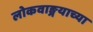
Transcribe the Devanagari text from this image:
लोकवाङ्मयाच्या